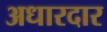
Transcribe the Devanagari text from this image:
अधारदार